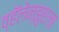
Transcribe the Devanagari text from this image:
व्हॅलेन्झुएला